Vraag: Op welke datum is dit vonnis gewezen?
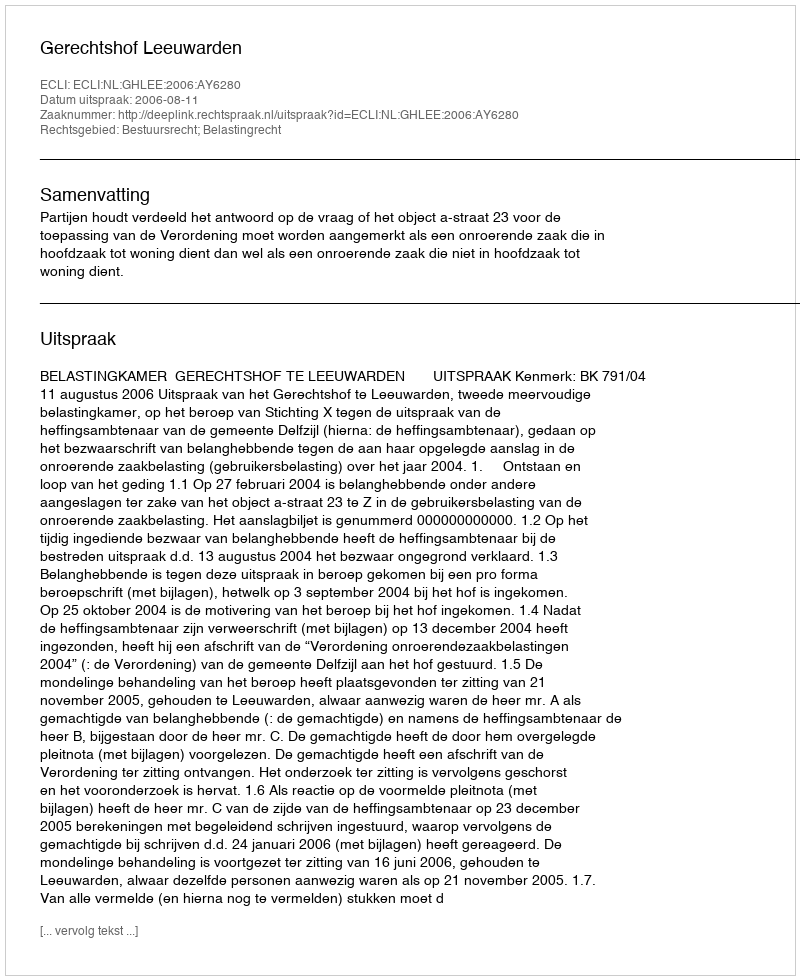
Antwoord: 2006-08-11